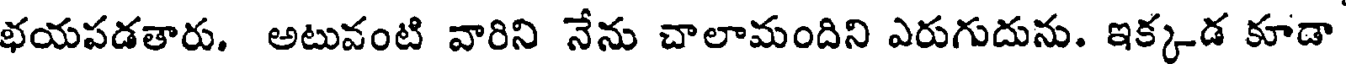
భయపడతారు. అటువంటి వారిని నేను చాలామందిని ఎరుగుదును. ఇక్కడ కూడా